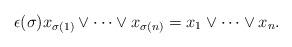
LaTeX: \begin{align*} \epsilon(\sigma) x_{\sigma(1)}\vee \cdots \vee x_{\sigma(n)}=x_1 \vee \cdots \vee x_n.\end{align*}